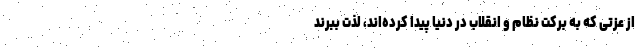
از عزتی که به برکت نظام و انقلاب در دنیا پیدا کرده‌اند، لذت ببرند